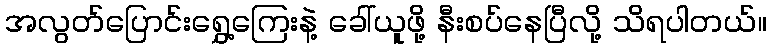
အလွတ်ပြောင်းရွှေ့ကြေးနဲ့ ခေါ်ယူဖို့ နီးစပ်နေပြီလို့ သိရပါတယ်။